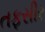
તફસીર